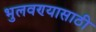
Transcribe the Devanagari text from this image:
भुलवण्यासाठी